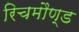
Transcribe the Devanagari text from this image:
रिचमौण्ड